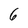
Character: 6